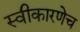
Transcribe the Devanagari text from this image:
स्वीकारणेच